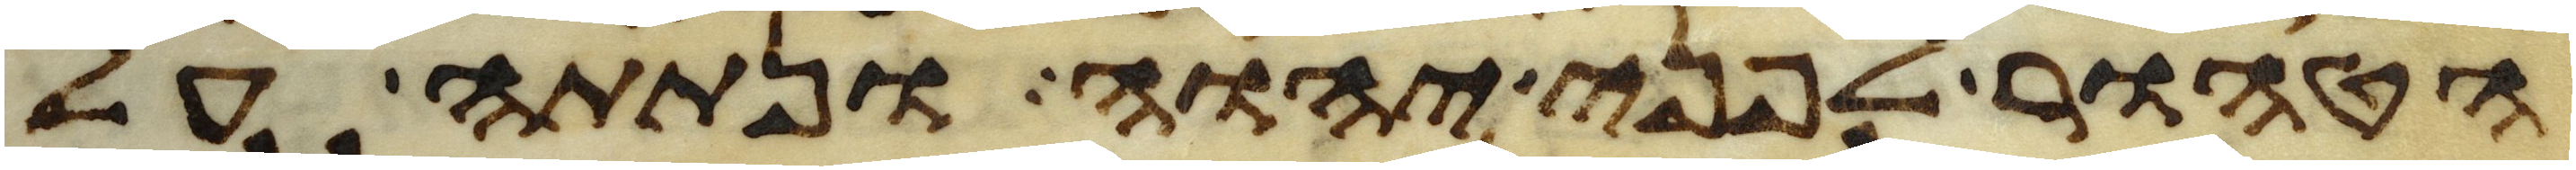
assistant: הטהור לפני יהוה ונתתה על